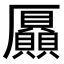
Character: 𠫍